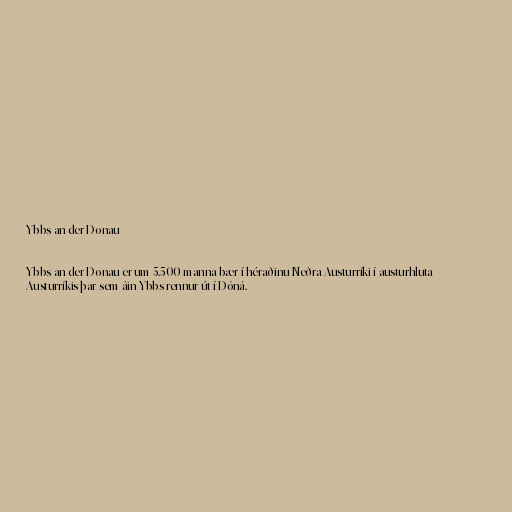
Ybbs an der Donau

Ybbs an der Donau er um 5.500 manna bær í héraðinu Neðra Austurríki í austurhluta
Austurríkis þar sem áin Ybbs rennur út í Dóná.